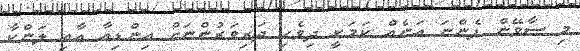
މި ސާވޭން ފެންނަ އަނެއް ކަމަކީ ދިވެހި ދަރިވަރުންނަށް އިންޑިއާ އާއި ލަންކާ